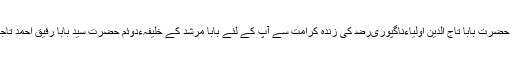
اللہ تعالیٰ کی رحمت اور نبی پاک سرور کائنات حضرت محمد مصطفیٰ ﷺ کی عنایات سے اور حضرت بابا تاج الدین اولیاءناگپوریﺭﺿ کی زندہ کرامت سے آپ کے لئے بابا مرشد کے خلیفہءدوئم حضرت سید بابا رفیق احمد تاجیﺭﺿ اوران کے اہل خانہ(اہل دربار) اور امہ تاجیہ کی بے لوث خدمات سے پیش کر رہے ہیں۔